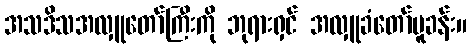
အသဒိသအလှူတော်ကြီးကို ဘုရားရှင် အလှူခံတော်မူခန်း။